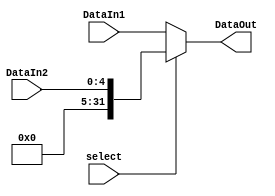
`timescale 1ns / 1ps
//////////////////////////////////////////////////////////////////////////////////
// Company: 
// Engineer: 
// 
// Design Name: 
// Module Name: Multiplexer32For2
// Project Name: 
// Target Devices: 
// Tool Versions: 
// Description: 
// 
// Dependencies: 
// 
// Revision:
// Revision 0.01 - File Created
// Additional Comments:
// 
//////////////////////////////////////////////////////////////////////////////////


module Multiplexer32ForA(       //ALU21
    input select,
    input [31:0]DataIn1,
    input [4:0]DataIn2,			//sa50
    output [31:0]DataOut
    );
    
	wire [31:0]extendSa;
	assign extendSa[31:5] = 0;
	assign extendSa[4:0] = DataIn2;
	
    assign DataOut = select ? extendSa : DataIn1;
endmodule